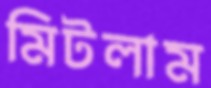
মিটলাম